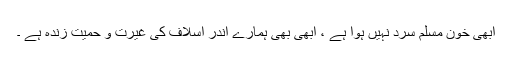
ابھی خون مسلم سرد نہيں ہوا ہے ، ابھی بھی ہمارے اندر اسلاف کی غیرت و حمیت زندہ ہے ۔